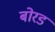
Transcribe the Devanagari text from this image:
बोरड